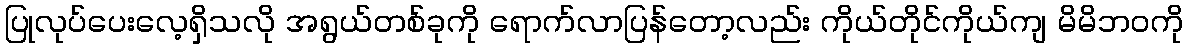
ပြုလုပ်ပေးလေ့ရှိသလို အရွယ်တစ်ခုကို ရောက်လာပြန်တော့လည်း ကိုယ်တိုင်ကိုယ်ကျ မိမိဘဝကို